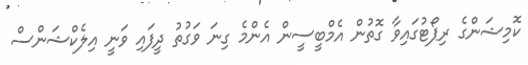
ކޮމިޝަންގެ ރިޕޯޓުގައިވާ ގޮތުން އެމްބީސީން އެންމެ ގިނަ ވަގުތު ދީފައި ވަނީ އިލެކްޝަންސް